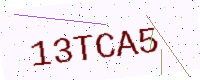
Text: 13TCA5